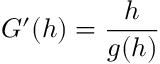
G ^ { \prime } ( h ) = \frac { h } { g ( h ) }